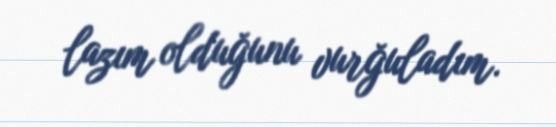
lazım olduğunu vurğuladım.